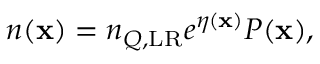
n ( \mathbf { x } ) = n _ { Q , \mathrm { L R } } e ^ { \eta ( \mathbf { x } ) } P ( \mathbf { x } ) ,